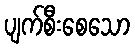
ပျက်စီးစေသော